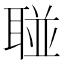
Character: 𱻼